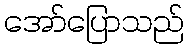
အော်ပြောသည်